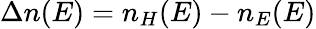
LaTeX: \displaystyle\Delta n(E)=n_{H}(E)-n_{E}(E)